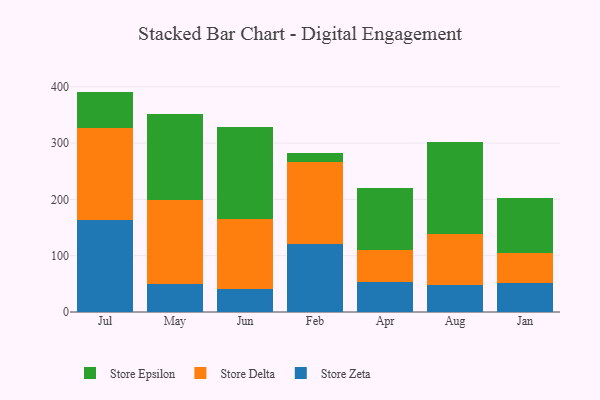
{"axis": {"x": "Month", "y": "Bounce Rate (%)"}, "legend": ["Store Delta", "Store Epsilon", "Store Zeta"], "data": [{"x": "Jul", "y": 162.8, "type": "Store Zeta"}, {"x": "Jul", "y": 164.0, "type": "Store Delta"}, {"x": "Jul", "y": 64.6, "type": "Store Epsilon"}, {"x": "May", "y": 50.6, "type": "Store Zeta"}, {"x": "May", "y": 148.1, "type": "Store Delta"}, {"x": "May", "y": 153.1, "type": "Store Epsilon"}, {"x": "Jun", "y": 41.2, "type": "Store Zeta"}, {"x": "Jun", "y": 124.2, "type": "Store Delta"}, {"x": "Jun", "y": 163.8, "type": "Store Epsilon"}, {"x": "Feb", "y": 120.6, "type": "Store Zeta"}, {"x": "Feb", "y": 146.3, "type": "Store Delta"}, {"x": "Feb", "y": 16.1, "type": "Store Epsilon"}, {"x": "Apr", "y": 52.4, "type": "Store Zeta"}, {"x": "Apr", "y": 57.4, "type": "Store Delta"}, {"x": "Apr", "y": 111.0, "type": "Store Epsilon"}, {"x": "Aug", "y": 48.6, "type": "Store Zeta"}, {"x": "Aug", "y": 90.3, "type": "Store Delta"}, {"x": "Aug", "y": 162.3, "type": "Store Epsilon"}, {"x": "Jan", "y": 51.2, "type": "Store Zeta"}, {"x": "Jan", "y": 54.4, "type": "Store Delta"}, {"x": "Jan", "y": 96.8, "type": "Store Epsilon"}]}